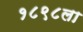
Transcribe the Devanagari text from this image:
१८९८ला